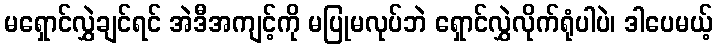
မရှောင်လွှဲချင်ရင် အဲဒီအကျင့်ကို မပြုမလုပ်ဘဲ ရှောင်လွှဲလိုက်ရုံပါပဲ၊ ဒါပေမယ့်